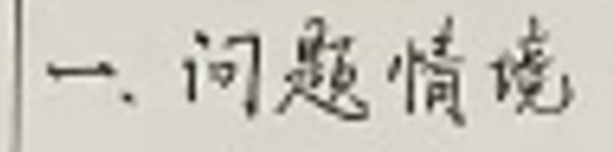
一、问题情境